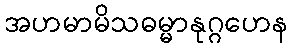
အဟမာမိသဓမ္မာနုဂ္ဂဟေန